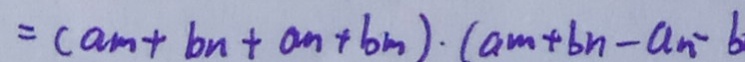
= ( a m + b n + a m + b n ) \cdot ( a m + b n - a _ { n } - b